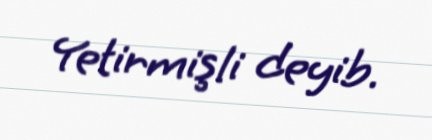
Yetirmişli deyib.